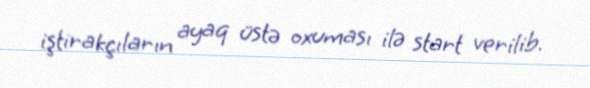
iştirakçıların ayaq üstə oxuması ilə start verilib.